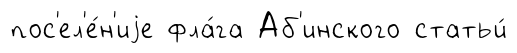
пос'ел'е́н'иjе фла́га Аб'инского статьи́